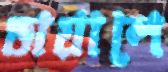
ডায়ালে